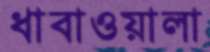
ধাবাওয়ালা